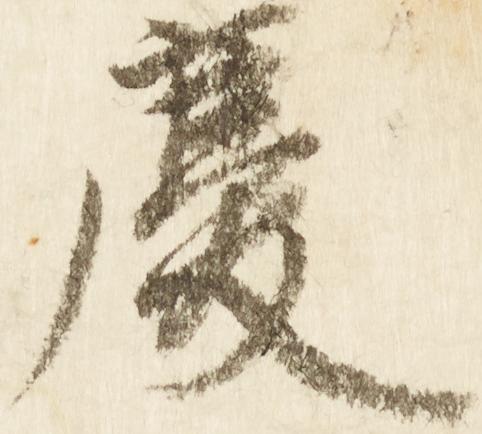
慶